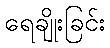
ရေချိုးခြင်း